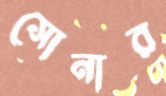
সোনার